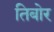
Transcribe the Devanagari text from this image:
तिबोर